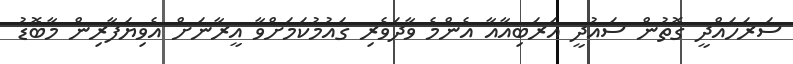
ސަރަހައްދީ ގޮތުން ސައުދީ އަރަބިއާއާ އެންމެ ވާދަވެރި ގައުމުކަމަށްވާ އީރާނަށް އެވިޔަފާރިން މާބޮޑު